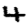
Digit: 4